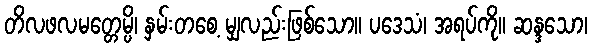
တိလဖလမတ္တေမ္ပိ၊ နှမ်းတစေ့ မျှလည်းဖြစ်သော။ ပဒေသံ၊ အရပ်ကို။ ဆန္ဒသော၊